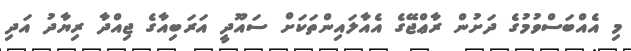
މި އެއްބަސްވުމުގެ ދަށުން ރާޢްޖޭގެ އެއާލައިންތަކަށް ސައޫދީ އަރަބިއާގެ ޖިއްދާ ރިޔާދު އަދި